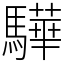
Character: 驊